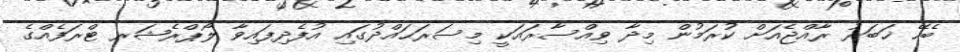
ބެހޭ ޚަބަރު ރާއްޖެއަށް ކުރަމުން މިދާ ވިއްސާރައަކީ މިސަރަޙައްދުގައި އުފެދިފައިވާ ލޯޕްރެޝަރ ޓްރަފެއްގެ